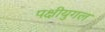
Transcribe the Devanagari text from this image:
पक्षीयुगल